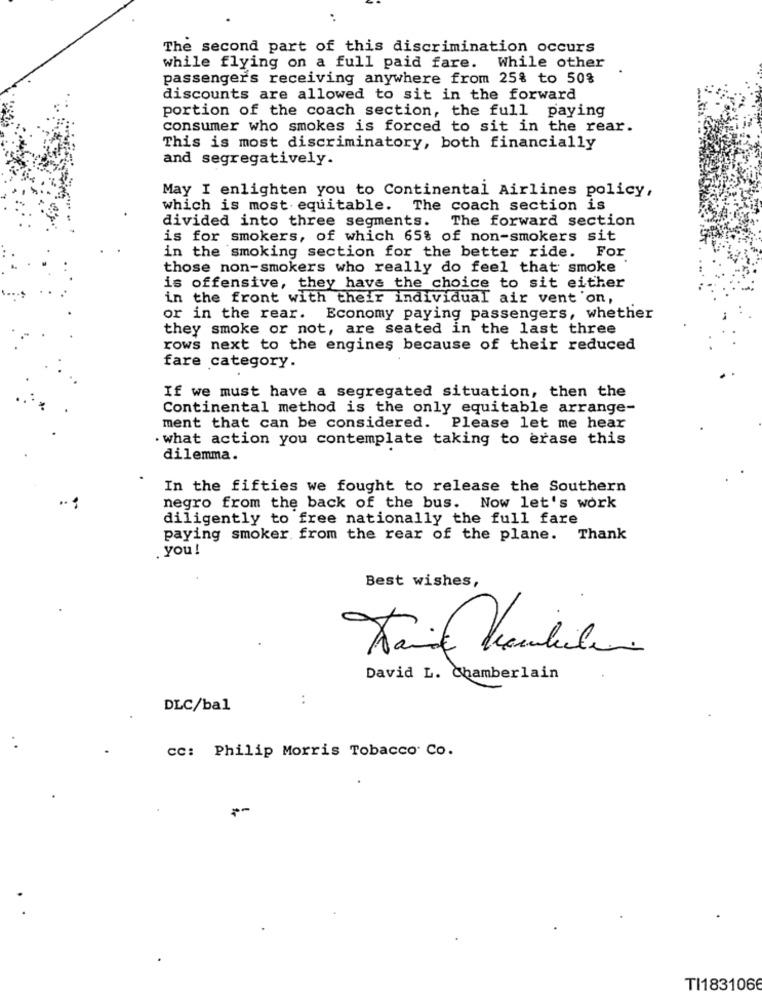
..
The second part of this discrimination occurs
while flying on a full paid fare. While other
passengers receiving anywhere from 25% to 50%
discounts are allowed to sit in the forward
portion of the coach section, the full paying
consumer who smokes is forced to sit in the rear.
This is most discriminatory, both financially
and segregatively.
May I enlighten you to Continental Airlines policy,
which is most equitable. The coach section is
The forward section
divided into three segments.
is for smokers, of which 65% of non-smokers sit
in the smoking section for the better ride. For
those non-smokers who really do feel that smoke
is offensive, they have the choice to sit either
in the front with their individual air vent'on,
or in the rear. Economy paying passengers, whether
they smoke or not, are seated in the last three
rows next to the engines because of their reduced
fare category.
If we must have a segregated situation, then the
Continental method is the only equitable arrange-
ment that can be considered. Please let me hear
. what action you contemplate taking to erase this
dilemma.
In the fifties we fought to release the Southern
negro from the back of the bus. Now let's work
diligently to free nationally the full fare
paying smoker. from the rear of the plane. Thank
. you !
Best wishes,
David L. Chamberlain
:
DLC/bal
cc: Philip Morris Tobacco Co.
TI1831066